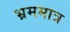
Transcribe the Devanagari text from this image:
भ्रममात्र